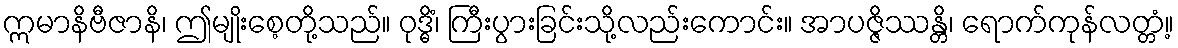
ဣမာနိဗီဇာနိ၊ ဤမျိုးစေ့တို့သည်။ ဝုဒ္ဓိံ၊ ကြီးပွားခြင်းသို့လည်းကောင်း။ အာပဇ္ဇိဿန္တိ၊ ရောက်ကုန်လတ္တံ့။